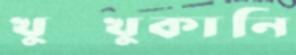
খুক্‌খুকানি